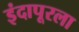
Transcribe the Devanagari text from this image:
इंदापूरला